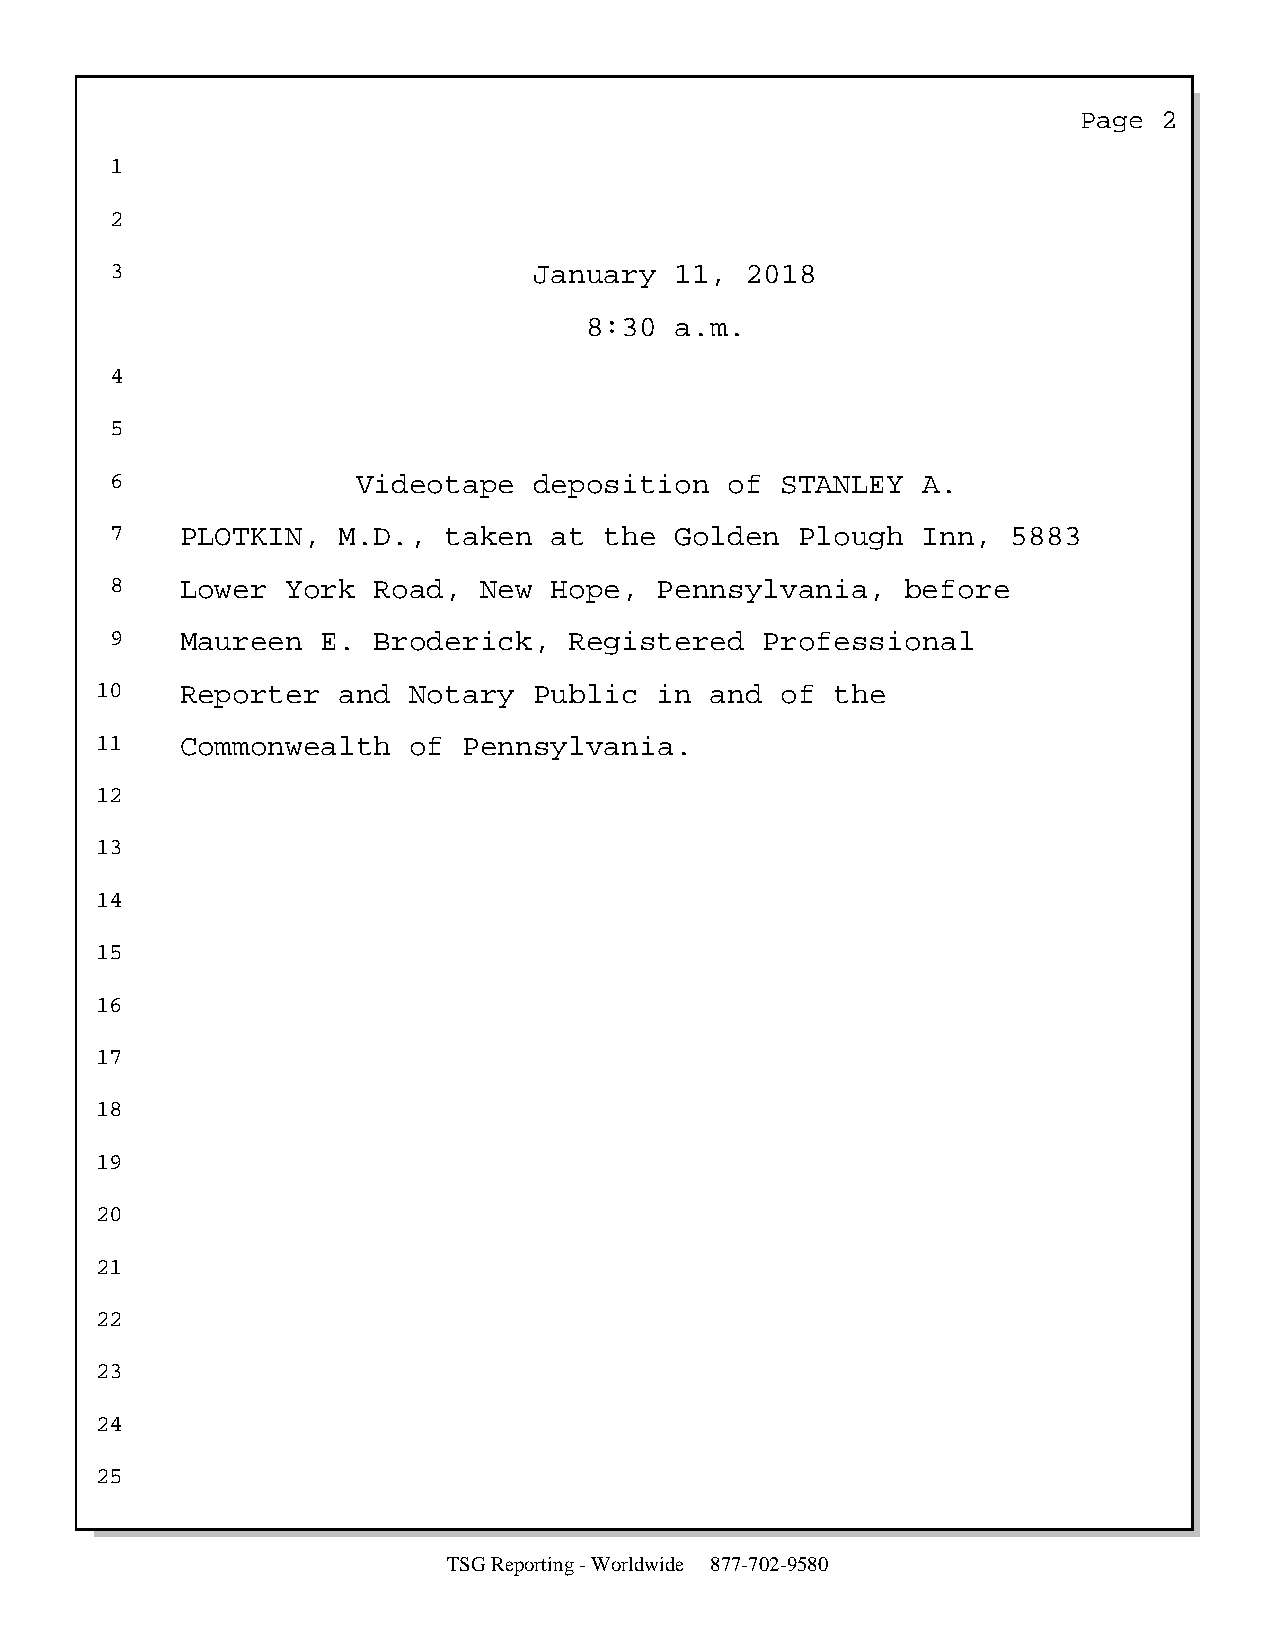
Page  2
 1
 2
 3                           January   11, 2018
 8:30  a.m.
 4
 5
 6                Videotape  deposition   of  STANLEY  A.
 7    PLOTKIN,  M.D.,  taken  at  the  Golden  Plough  Inn,  5883
 8    Lower  York  Road,  New Hope,   Pennsylvania,   before
 9    Maureen  E.  Broderick,   Registered   Professional
 10    Reporter  and  Notary  Public   in and  of the
 11    Commonwealth   of  Pennsylvania.
 12
 13
 14
 15
 16
 17
 18
 19
 20
 21
 22
 23
 24
 25
 TSG Reporting - Worldwide 877-702-9580